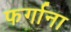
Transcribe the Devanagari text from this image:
फर्गाना